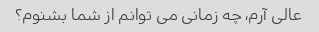
عالی آرم، چه زمانی می توانم از شما بشنوم؟